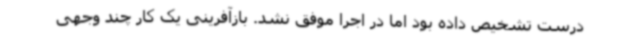
درست تشخیص داده بود اما در اجرا موفق نشد. بازآفرینی یک کار چند وجهی